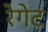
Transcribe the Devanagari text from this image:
रेगेट